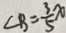
\angle B = \frac { 3 } { 5 } x